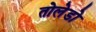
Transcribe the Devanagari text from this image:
तोलेडो